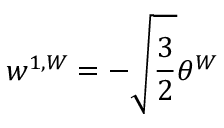
w ^ { 1 , W } = - \sqrt { \frac { 3 } { 2 } } \theta ^ { W }